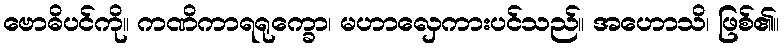
ဗောဓိပင်ကို။ ကဏိကာရရုက္ခော၊ မဟာလှေကားပင်သည်။ အဟောသိ၊ ဖြစ်၏။